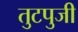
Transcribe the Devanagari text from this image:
तुटपुजी